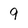
Character: 9